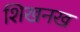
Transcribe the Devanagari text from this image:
शिखनख